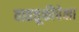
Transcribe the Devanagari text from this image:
वाहतूकीपेक्षा